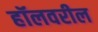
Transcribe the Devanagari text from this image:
हॉलवरील